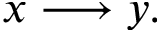
x \longrightarrow y .